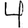
Digit: 4